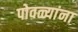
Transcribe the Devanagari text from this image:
पोवळ्यांना